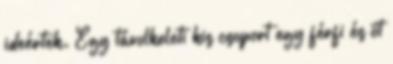
ideértek. Egy távolkeleti kis csoport egy férfi és öt